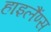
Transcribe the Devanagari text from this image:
हाइलैंण्स